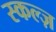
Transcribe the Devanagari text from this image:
स्कल्ज़